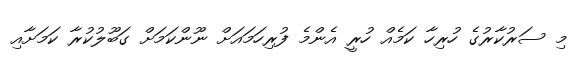
މި ސަރުކާރުގެ ހުރިހާ ކަމެއް ހުރީ އެންމެ ފުރިހަމައަށް ނޫންކަމަށް ގަބޫލުކުރާ ކަމަށާއި